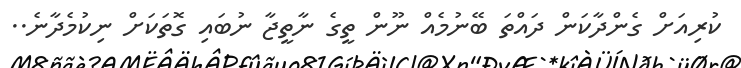
ކުރިއަށް ގެންދާކަން ދައްތަ ބޭނުމެއް ނޫން ތީގެ ނާތީޖާ ނުބައި ގޮތަކަށް ނިކުމެދާނެ..